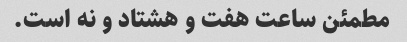
مطمئن ساعت هفت و هشتاد و نه است.